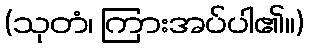
(သုတံ၊ ကြားအပ်ပါ၏။)